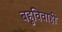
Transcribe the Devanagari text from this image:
बहुविवाही